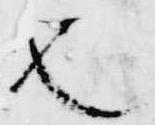
也